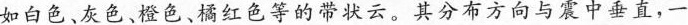
如白色、灰色、橙色、橘红色等的带状云。其分布方向与震中垂直，一